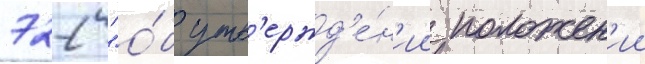
722 "о́б утв'ержд'е́н'ии положен'ии